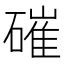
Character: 磪